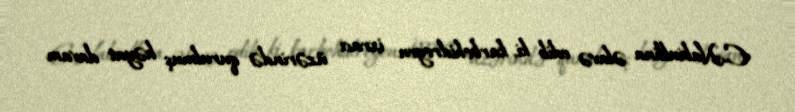
E.Nabiullina əlavə edib ki, karbohidrogen ixracı üzərində qurulmuş həyat davam